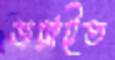
জরাইত